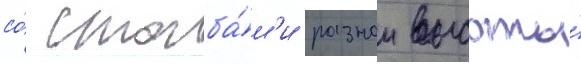
со́ столба́м'и разнои высоты́